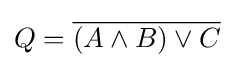
Q={\overline {(A\wedge B)\vee C}}